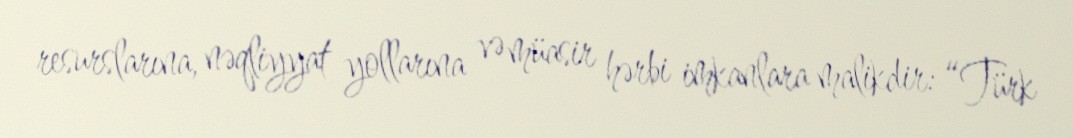
resurslarına, nəqliyyat yollarına və müasir hərbi imkanlara malikdir: “Türk